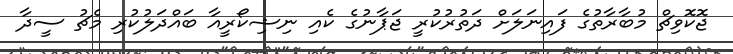
ޖޮކޮވިޗް މުބާރާތުގެ ފައިނަލަށް ދަތުރުކުރީ ޖަޕާނުގެ ކެއި ނިޝިކޯރީއާ ބައްދަލުކުރި މެޗު ސީދާ